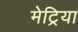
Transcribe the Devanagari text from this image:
मेट्रिया